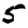
Digit: 5